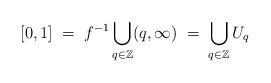
LaTeX: \begin{align*} [0,1] \; = \; f^{-1} \bigcup_{q \in \mathbb{Z}} (q,\infty) \; = \; \bigcup_{q \in \mathbb{Z}} U_q\end{align*}